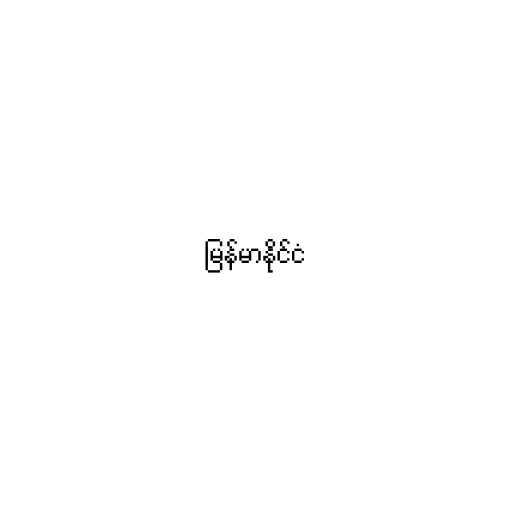
မြန်မာနိုင်ငံ